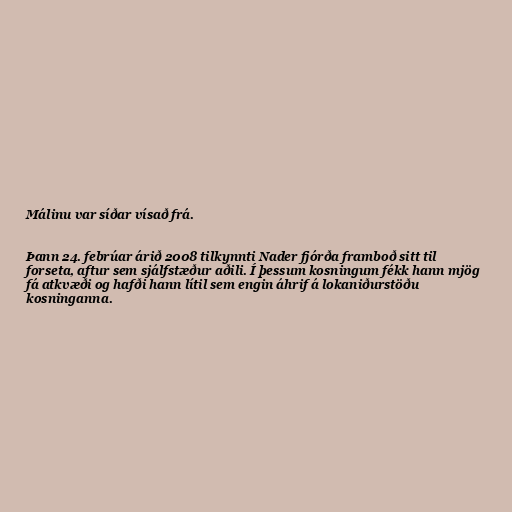
Málinu var síðar vísað frá.

Þann 24. febrúar árið 2008 tilkynnti Nader fjórða framboð sitt til
forseta, aftur sem sjálfstæður aðili. Í þessum kosningum fékk hann mjög
fá atkvæði og hafði hann lítil sem engin áhrif á lokaniðurstöðu
kosninganna.